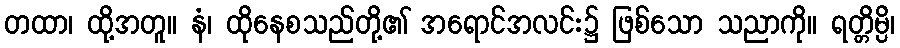
တထာ၊ ထို့အတူ။ နံ၊ ထိုနေစသည်တို့၏ အရောင်အလင်း၌ ဖြစ်သော သညာကို။ ရတ္တိမ္ပိ၊